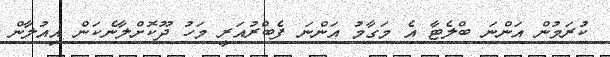
ކުރަމުން އަންނަ ބްލެޓާ އެ މަގާމު އަންނަ ފެބްރުއަރީ މަހު ދޫކޮށްލާނެކަން އިއުލާން